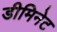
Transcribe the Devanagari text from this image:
डीमिनेट